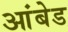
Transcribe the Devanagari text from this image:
आंबेड